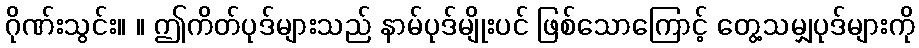
ဂိုဏ်းသွင်း။ ။ ဤကိတ်ပုဒ်များသည် နာမ်ပုဒ်မျိုးပင် ဖြစ်သောကြောင့် တွေ့သမျှပုဒ်များကို